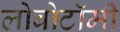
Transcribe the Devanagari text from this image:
लोबोटॉमी